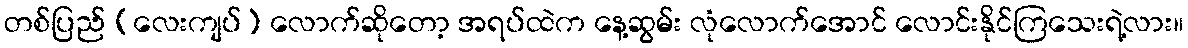
တစ်ပြည် (လေးကျပ်) လောက်ဆိုတော့ အရပ်ထဲက နေ့ဆွမ်း လုံလောက်အောင် လောင်းနိုင်ကြသေးရဲ့လား။